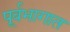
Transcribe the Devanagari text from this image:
पूर्वभागात